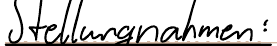
Stellungnahmen: